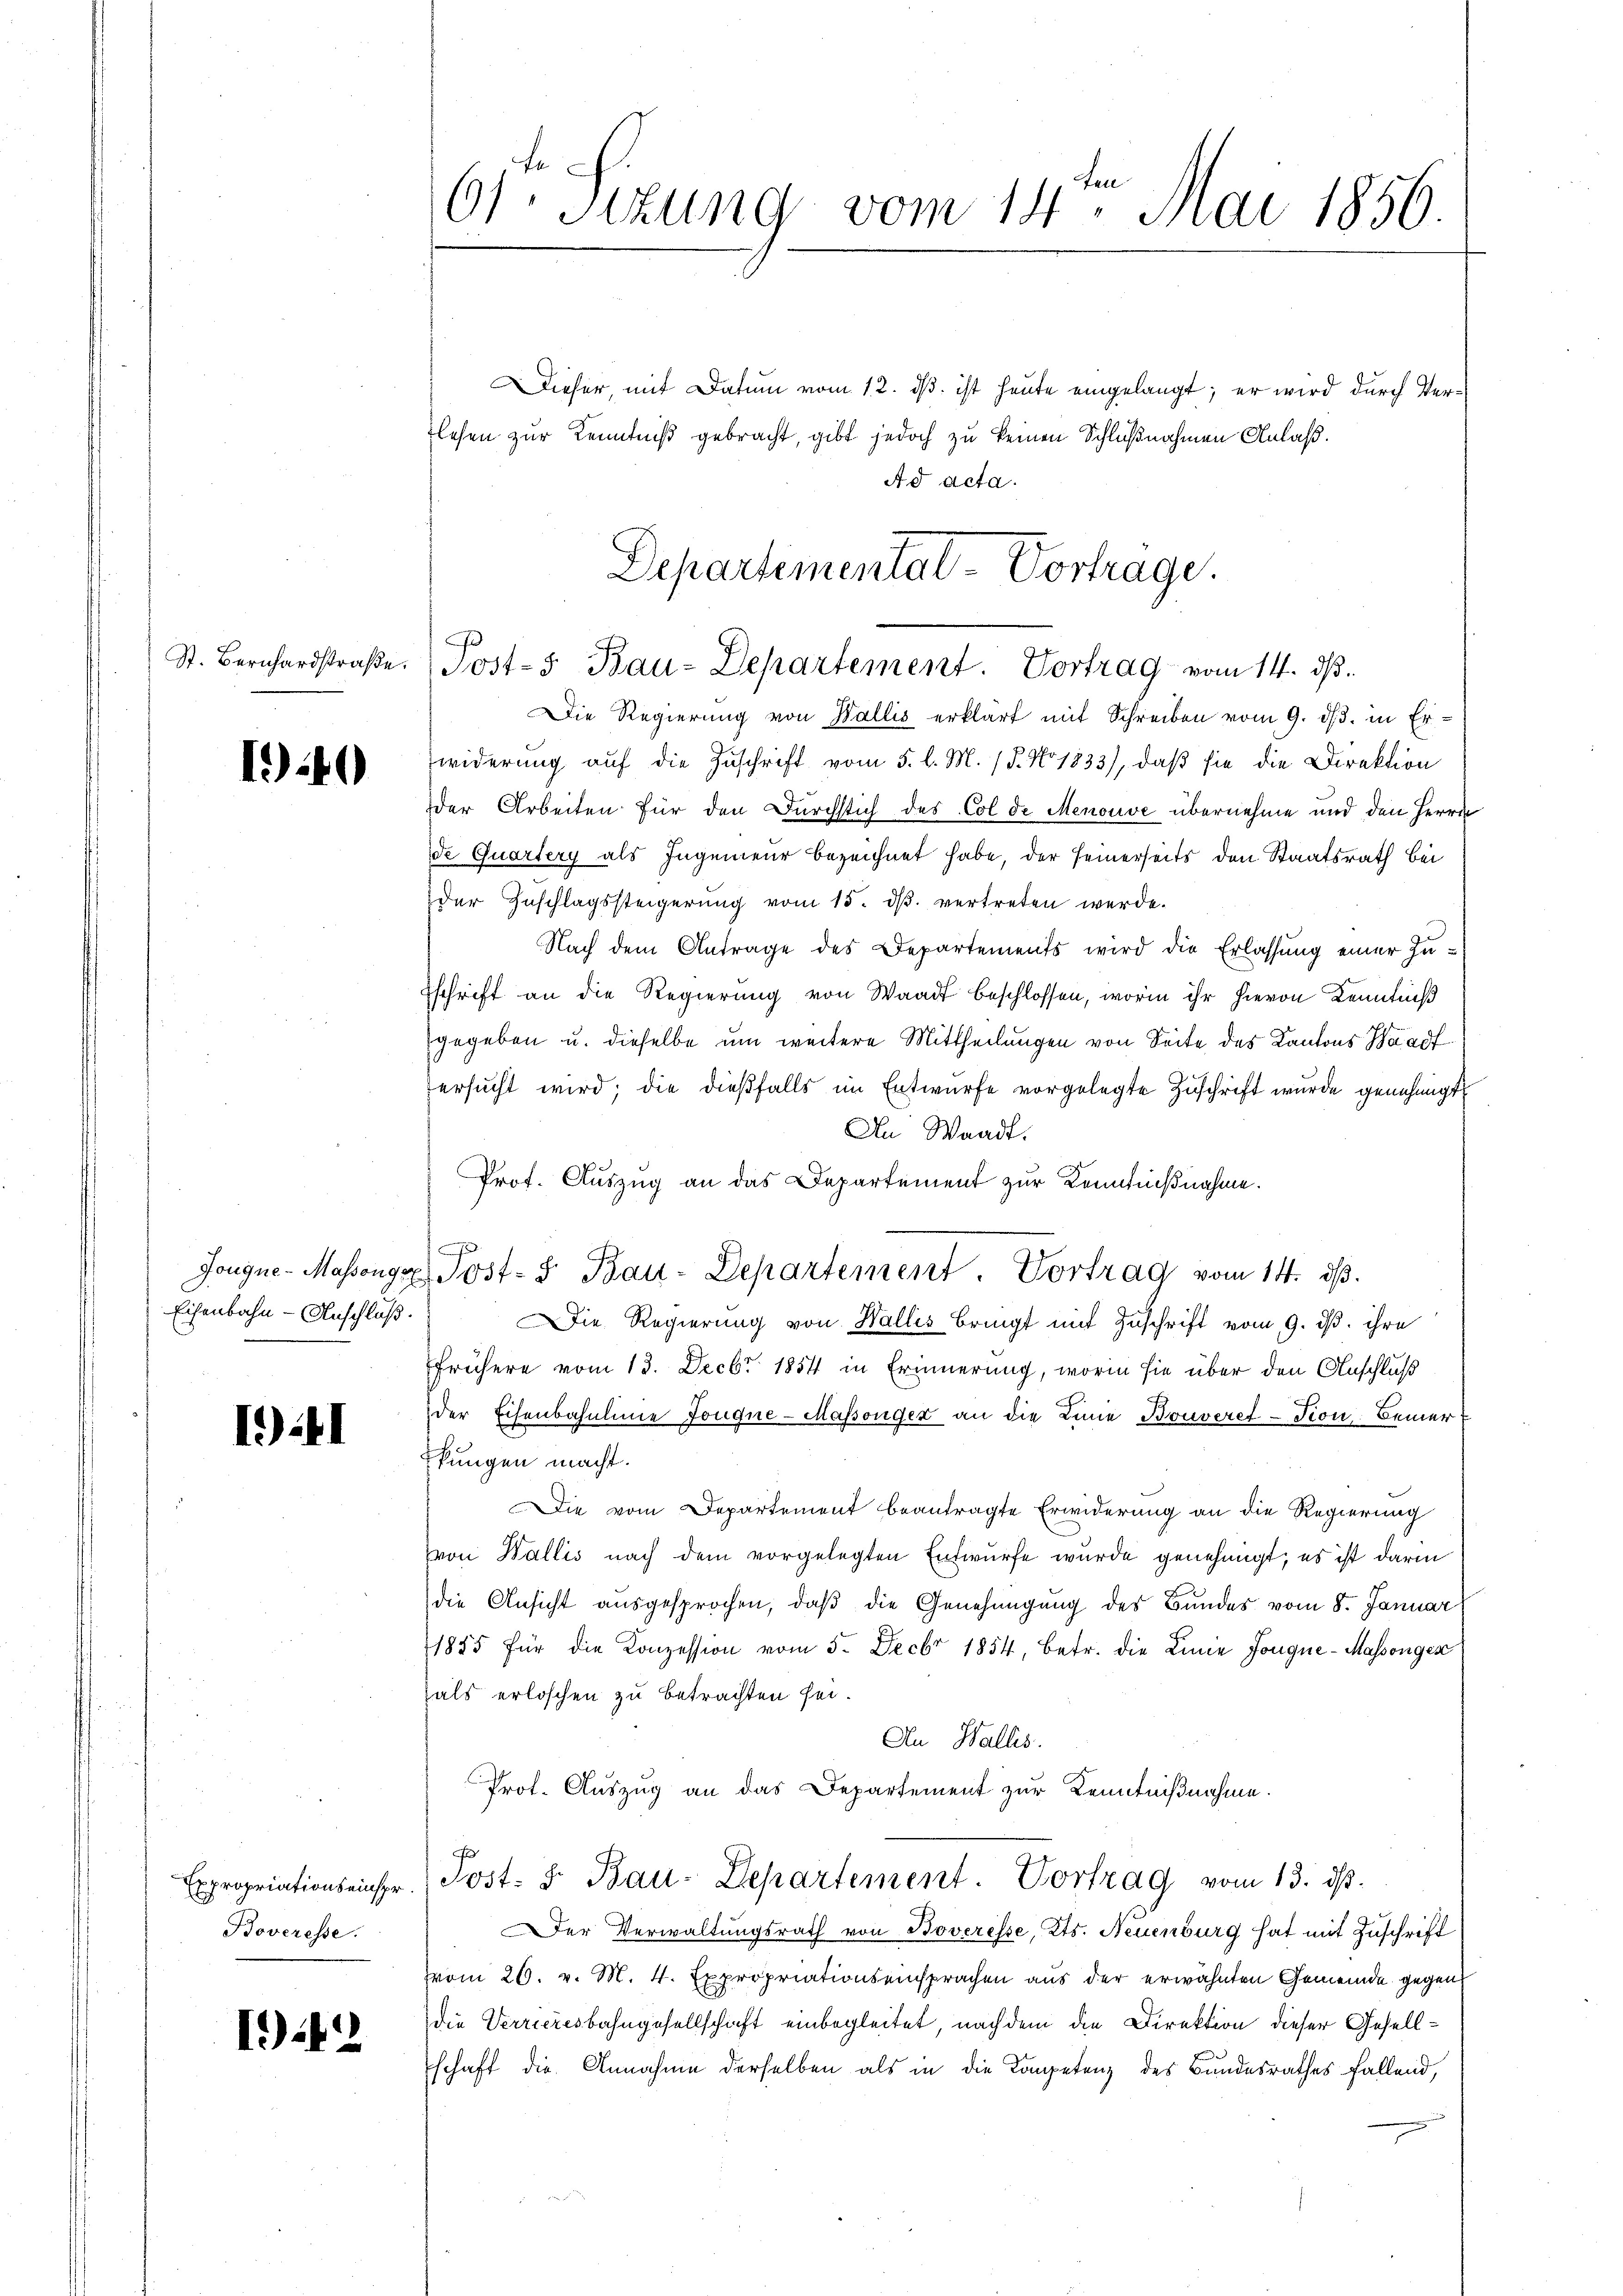
St. Bernhardstraße.

140

Eisenbahn-Anschluß.

141

Expropriationseinspr
Boveresse.

I42

1
Stzung vom 14. Mai 1856.

Dieser, mit Datum vom 12. dß. ist heute eingelangt; er wird durch Verlesen zur Kenntniß gebracht, gibt jedoch zu keinen Schlußnahmen Anlaß.
Ad acta.
Die Regierung von Wallis erklärt mit Schreiben vom 9. ds. in Erwiderung auf die Zuschrift vom 5. l. M. 18. No 1833), daß sie die Direktion
der Arbeiten für den Durchstich des Col de Menouve übernehme und den Herrn
de Quartery als Ingenieur bezeichnet habe, der seinerseits den Staatsrath bei
der Zuschlagssteigerung vom 15. dβ vertreten werde.
Nach dem Antrage des Departements wird die Erlassung einer Zusschrift an die Regierung von Waadt beschlossen, worin ihr hievon Kenntniß
gegeben u. dieselbe um weitere Mittheilungen von Seite des Kantons Saalf
ersŭcht wird; die dieβfalls im Entwürfe vorgelegte Zuschrift wurde genehmigt
An Waadt.
Prof. Auszug an das Departement zur Kenntnißnahme.
Jongue- Massenge Post- & Bau-Departement Vortrag vom 14. dβ.
Die Regierung von Wallis bringt mit Zuschrift vom 9. ds. ihre
frühere vom 13. Decbr 1854 in Erinnerung, worin sie über den Anschluß
der Eisenbahnlinie Tongne- Massenger an die Linie Bouveret - Tion Bemerkungen macht.
Die vom Departement beantragte Erwiderung an die Regierung
von Wallis nach dem vorgelegten Entwurfe wurde genehmigt; es ist darin
die Ansicht ausgesprochen, daß die Genehmigung des Bundes vom 8. Januar
1885 für die Konzession vom 5. Decbr 1854, betr. die Linie fongue-Massonges
als erloschen zu betrachten sei.
An Wallis.
Prot. Auszug an das Departement zur Kenntnißnahme.
s
Jost: 8. Bau-Departement. Vortrag vom 13. ds.
er Verwaltungsrath von Boveresse, Kts. Neuenburg hat mit Zuschrift
vom 26. v. M. 4. Expropriationseinsprachen aus der erwähnten Gemeinde gegen
die Verrieresbahngesellschaft einbegleitet, nach dem die Direktion dieser Gesellschaft die Annahme derselben als in die Kompetenz des Bundesrathes fallend,

Departementat-Vortrage.
Post-s Bau-Departement. Vortrag vom 14. ds.